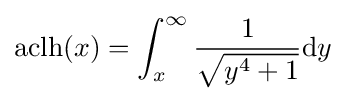
\operatorname {aclh} (x)=\int _{x}^{\infty }{\frac {1}{\sqrt {y^{4}+1}}}\mathrm {d} y